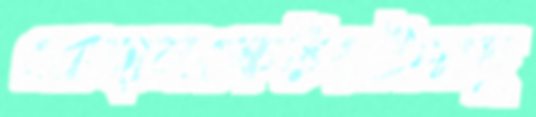
রোহানকেটয়টামদু